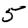
Digit: 5